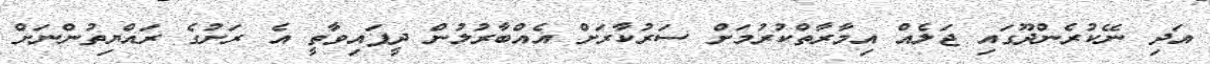
އަދި ނޭކުރެންދޫގައި ޖަލެއް އިމާރާތްކުރުމަށް ސަރުކާރަށް އެއްބާރުލުން ދީފައިވާތީ އެ ރަށުގެ ރައްޔިތުންނަށް